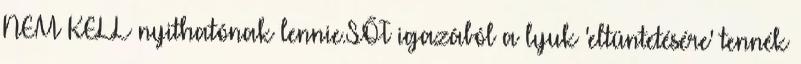
NEM KELL nyithatónak lennie.SŐT igazából a lyuk 'eltüntetésére' tennék